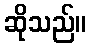
ဆိုသည်။